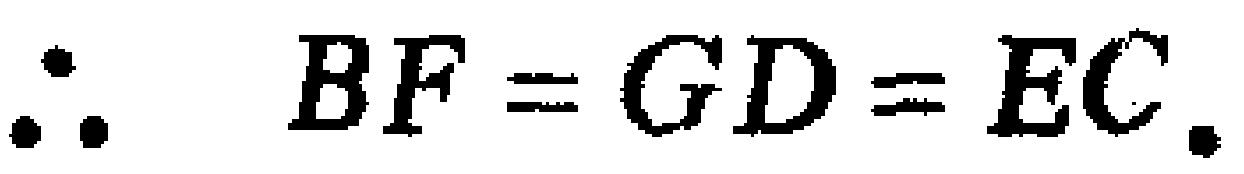
\(\therefore\ BF = GD = EC.\)